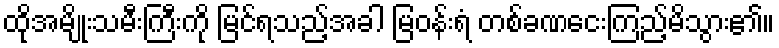
ထိုအမျိုးသမီးကြီးကို မြင်ရသည့်အခါ မြဝန်းရံ တစ်ခဏငေးကြည့်မိသွား၏။